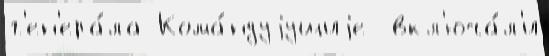
г'ен'ера́ла Кома́ндуjущиjе  вкл'юча́л'и